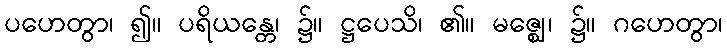
ပဟေတွာ၊ ၍။ ပရိယန္တေ၊ ၌။ ဋ္ဌပေသိ၊ ၏။ မဇ္ဈေ၊ ၌။ ဂဟေတွာ၊